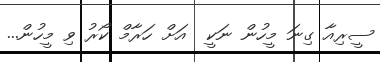
ސީރިއާ ގިނަ މީހުން ނަކީ  އަށް ހަރާމް ކޯރު ވި މީހުން...